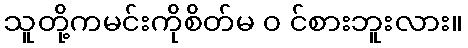
သူတို့ကမင်းကိုစိတ်မ ၀ င်စားဘူးလား။